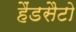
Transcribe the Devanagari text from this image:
हैंडसैटो